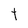
Character: t